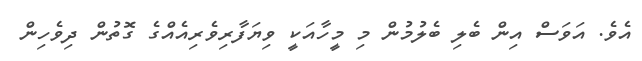
އެވެ. އަވަސް އިން ބެލި ބެލުމުން މި މީހާއަކީ ވިޔަފާރިވެރިއެއްގެ ގޮތުން ދިވެހިން